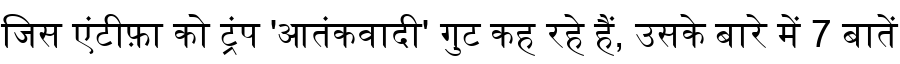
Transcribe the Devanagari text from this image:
जिस एंटीफ़ा को ट्रंप 'आतंकवादी' गुट कह रहे हैं, उसके बारे में 7 बातें